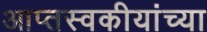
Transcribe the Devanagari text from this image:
आप्तस्वकीयांच्या